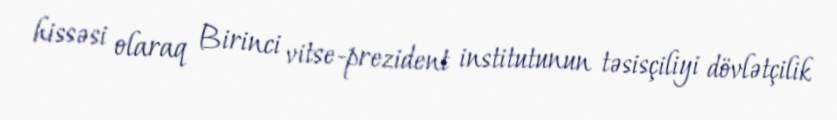
hissəsi olaraq Birinci vitse-prezident institutunun təsisçiliyi dövlətçilik